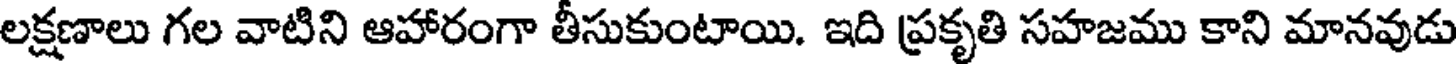
లక్షణాలు గల వాటిని ఆహారంగా తీసుకుంటాయి. ఇది ప్రకృతి సహజము కాని మానవుడు